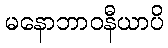
မနောဘာဝနီယာပိ